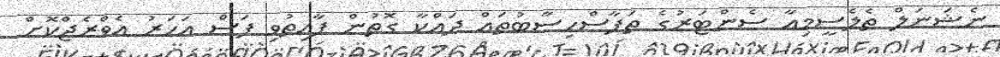
ނެޝަނަލް ތެލެސީމިއާ ސެންޓަރުގެ ތަފާސްހިސާބުތައް ދައްކާ ގޮތުން ފާއިތުވި ފަސް އަހަރު އެވްރެޖްކޮށް